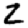
Digit: 2